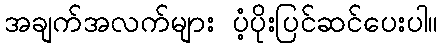
အချက်အလက်များ ပံ့ပိုးပြင်ဆင်ပေးပါ။